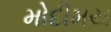
મોદીમય